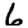
Digit: 6